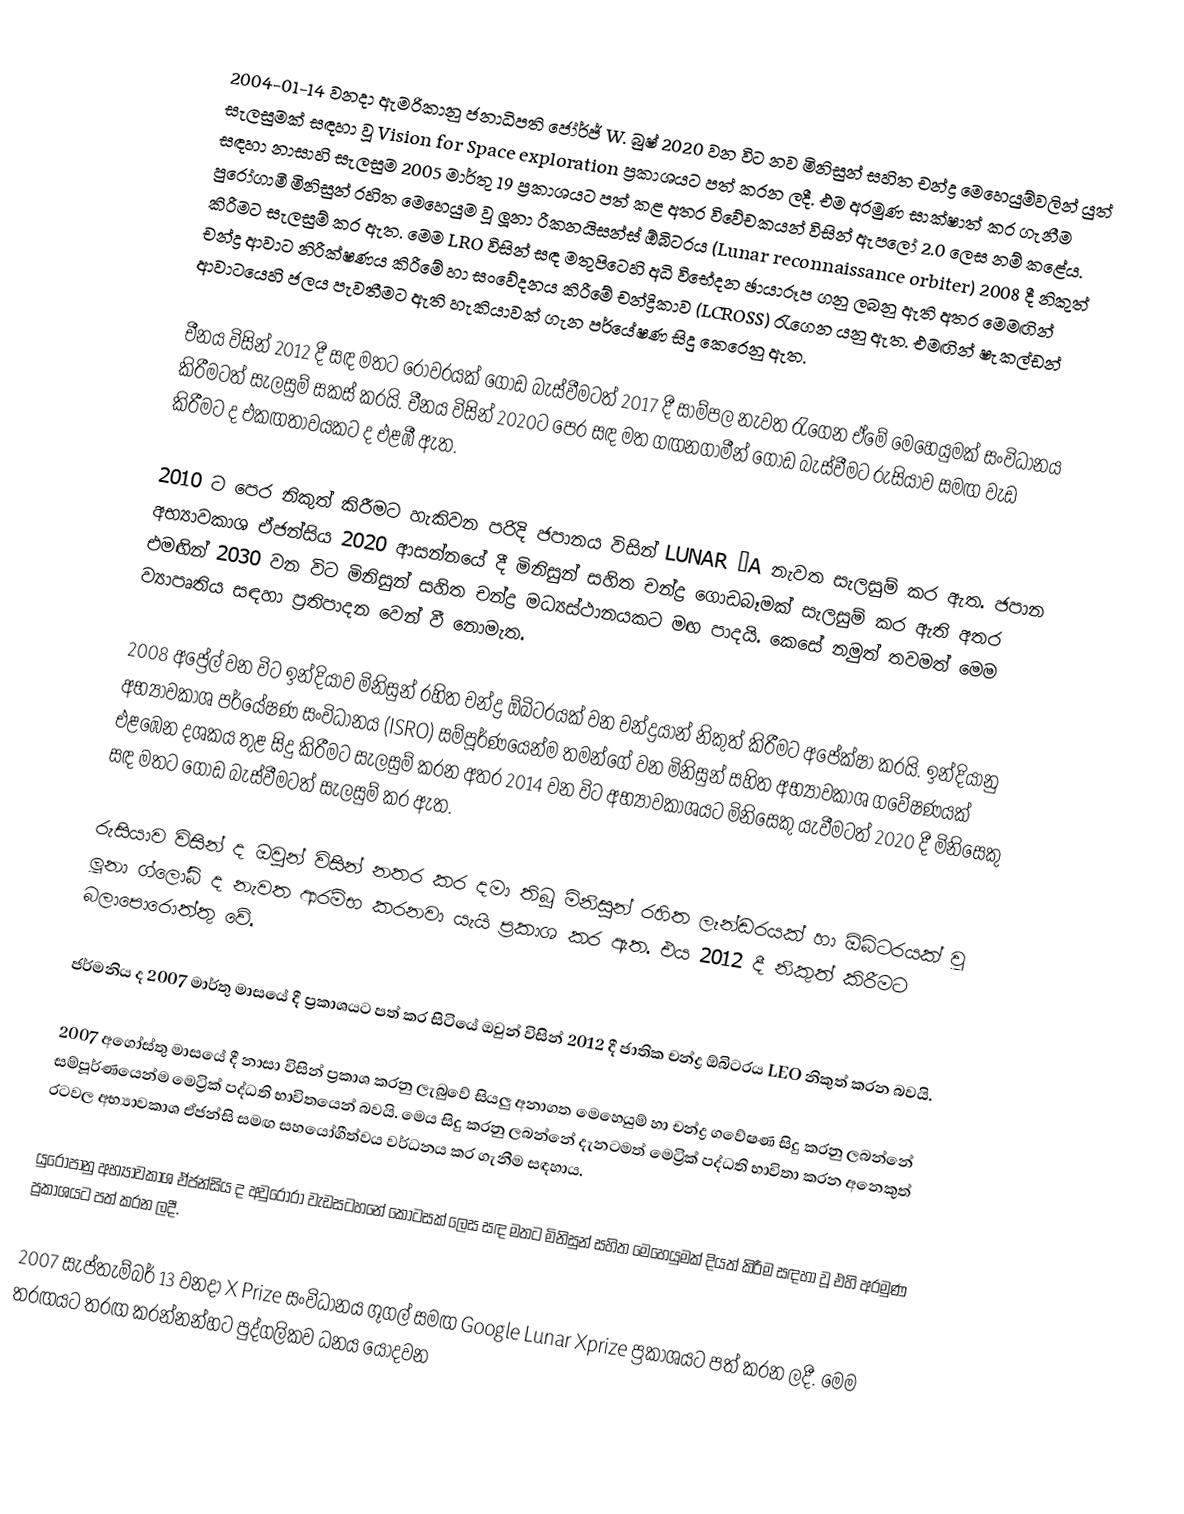
2004-01-14 වනදා ඇමරිකානු ජනාධිපති ජෝර්ජ් W. බුෂ් 2020 වන විට නව මිනිසුන් සහිත චන්ද්‍ර මෙහෙයුම්වලින් යුත් සැලසුමක් සඳහා වූ Vision for Space exploration ප්‍රකාශයට පත් කරන ලදී. එම අරමුණ සාක්ෂාත් කර ගැනීම සඳහා නාසාහි සැලසුම 2005 මාර්තු 19 ප්‍රකාශයට පත් කළ අතර විවේචකයන් විසින් ඇපලෝ 2.0 ලෙස නම් කළේය. පුරෝගාමී මිනිසුන් රහිත මෙහෙයුම වූ ලූනා රීකනයිසන්ස්  ඕබිටරය (Lunar reconnaissance orbiter) 2008 දී නිකුත් කිරීමට සැලසුම් කර ඇත. මෙම LRO විසින් සඳ මතුපිටෙහි අධි විභේදන ඡායාරූප ගනු ලබනු ඇති අතර මෙමඟින් චන්ද්‍ර ආවාට නිරීක්ෂණය කිරීමේ හා සංවේදනය කිරීමේ චන්ද්‍රිකාව (LCROSS) රැගෙන යනු ඇත. එමඟින් ෂැකල්ඩන් ආවාටයෙහි ජලය පැවතීමට ඇති හැකියාවක් ගැන පර්යේෂණ සිදු කෙරෙනු ඇත.

චීනය විසින් 2012 දී සඳ මතට රෝවරයක් ගොඩ බැස්වීමටත් 2017 දී සාම්පල නැවත රැගෙන ඒමේ මෙහෙයුමක් සංවිධානය කිරීමටත් සැලසුම් සකස් කරයි. චීනය විසින් 2020ට පෙර සඳ මත ගඟනගාමීන් ගොඩ බැස්වීමට රුසියාව සමඟ වැඩ කිරීමට ද එකඟතාවයකට ද එළඹී ඇත.

2010 ට පෙර නිකුත් කිරීමට හැකිවන පරිදි ජපානය විසින් LUNAR –A නැවත සැලසුම් කර ඇත. ජපාන අභ්‍යාවකාශ ඒජන්සිය 2020 ආසන්නයේ දී මිනිසුන් සහිත චන්ද්‍ර ගොඩබෑමක් සැලසුම් කර ඇති අතර එමඟින් 2030 වන විට මිනිසුන් සහිත චන්ද්‍ර මධ්‍යස්ථානයකට මඟ පාදයි. කෙසේ නමුත් තවමත් මෙම ව්‍යාපෘතිය සඳහා ප්‍රතිපාදන වෙන් වී නොමැත.

2008 අප්‍රේල් වන විට ඉන්දියාව මිනිසුන් රහිත චන්ද්‍ර ඕබිටරයක් වන චන්ද්‍රයාන් නිකුත් කිරීමට අපේක්ෂා කරයි. ඉන්දියානු අභ්‍යාවකාශ පර්යේෂණ සංවිධානය (ISRO) සම්පූර්ණයෙන්ම තමන්ගේ වන මිනිසුන් සහිත අභ්‍යාවකාශ ගවේෂණයක් එළඹෙන දශකය තුළ සිදු කිරීමට සැලසුම් කරන අතර 2014 වන විට අභ්‍යාවකාශයට මිනිසෙකු යැවීමටත් 2020 දී මිනිසෙකු සඳ මතට ගොඩ බැස්වීමටත් සැලසුම් කර ඇත.

රුසියාව විසින් ද ඔවුන් විසින් නතර කර දමා තිබූ මිනිසුන් රහිත ලෑන්ඩරයක් හා ඕබිටරයක් වූ ලූනා ග්ලෝබ් ද නැවත ආරම්භ කරනවා යැයි ප්‍රකාශ කර ඇත. එය 2012 දී නිකුත් කිරීමට බලාපොරොත්තු වේ.

ජර්මනිය ද 2007 මාර්තු මාසයේ දී ප්‍රකාශයට පත් කර සිටියේ ඔවුන් විසින් 2012 දී ජාතික චන්ද්‍ර ඕබිටරය LEO නිකුත් කරන බවයි.

2007 අගෝස්තු මාසයේ දී නාසා විසින් ප්‍රකාශ කරනු ලැබුවේ සියලු අනාගත මෙහෙයුම් හා චන්ද්‍ර ගවේෂණ සිදු කරනු ලබන්නේ සම්පූර්ණයෙන්ම මෙට්‍රික් පද්ධති භාවිතයෙන් බවයි. මෙය සිදු කරනු ලබන්නේ දැනටමත් මෙට්‍රික් පද්ධති භාවිතා කරන අනෙකුත් ‍රටවල අභ්‍යාවකාශ ඒජන්සි සමඟ ස‍හයෝගීත්වය වර්ධනය කර ගැනීම සඳහාය.

යුරෝපානු අභ්‍යාවකාශ ඒජන්සිය ද අවුරෝරා වැඩසටහනේ කොටසක් ලෙස සඳ මතට මිනිසුන් සහිත මෙහෙයුමක් දියත් කිරීම සඳහා වූ එහි අරමුණ ප්‍රකාශයට පත් කරන ලදී.

2007 සැප්තැම්බර් 13 වනදා X Prize සංවිධානය ගූගල් සමඟ Google Lunar Xprize ප්‍රකාශයට පත් කරන ලදී. මෙම තරඟයට තරඟ කරන්නන්හට පුද්ගලිකව ධනය යොදවන